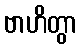
ဗာဟိတွာ